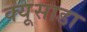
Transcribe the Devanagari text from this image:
क्यूसाडा